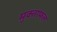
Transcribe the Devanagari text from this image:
मुक्ताफलं